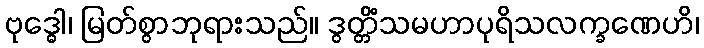
ဗုဒ္ဓေါ၊ မြတ်စွာဘုရားသည်။ ဒွတ္တိံသမဟာပုရိသလက္ခဏေဟိ၊